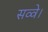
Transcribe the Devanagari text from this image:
सव्वे।